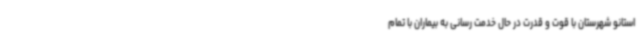
استانو شهرستان با قوت و قدرت در حال خدمت رسانی به بیماران با تمام